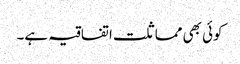
کوئی بھی مماثلت اتفاقیہ ہے۔